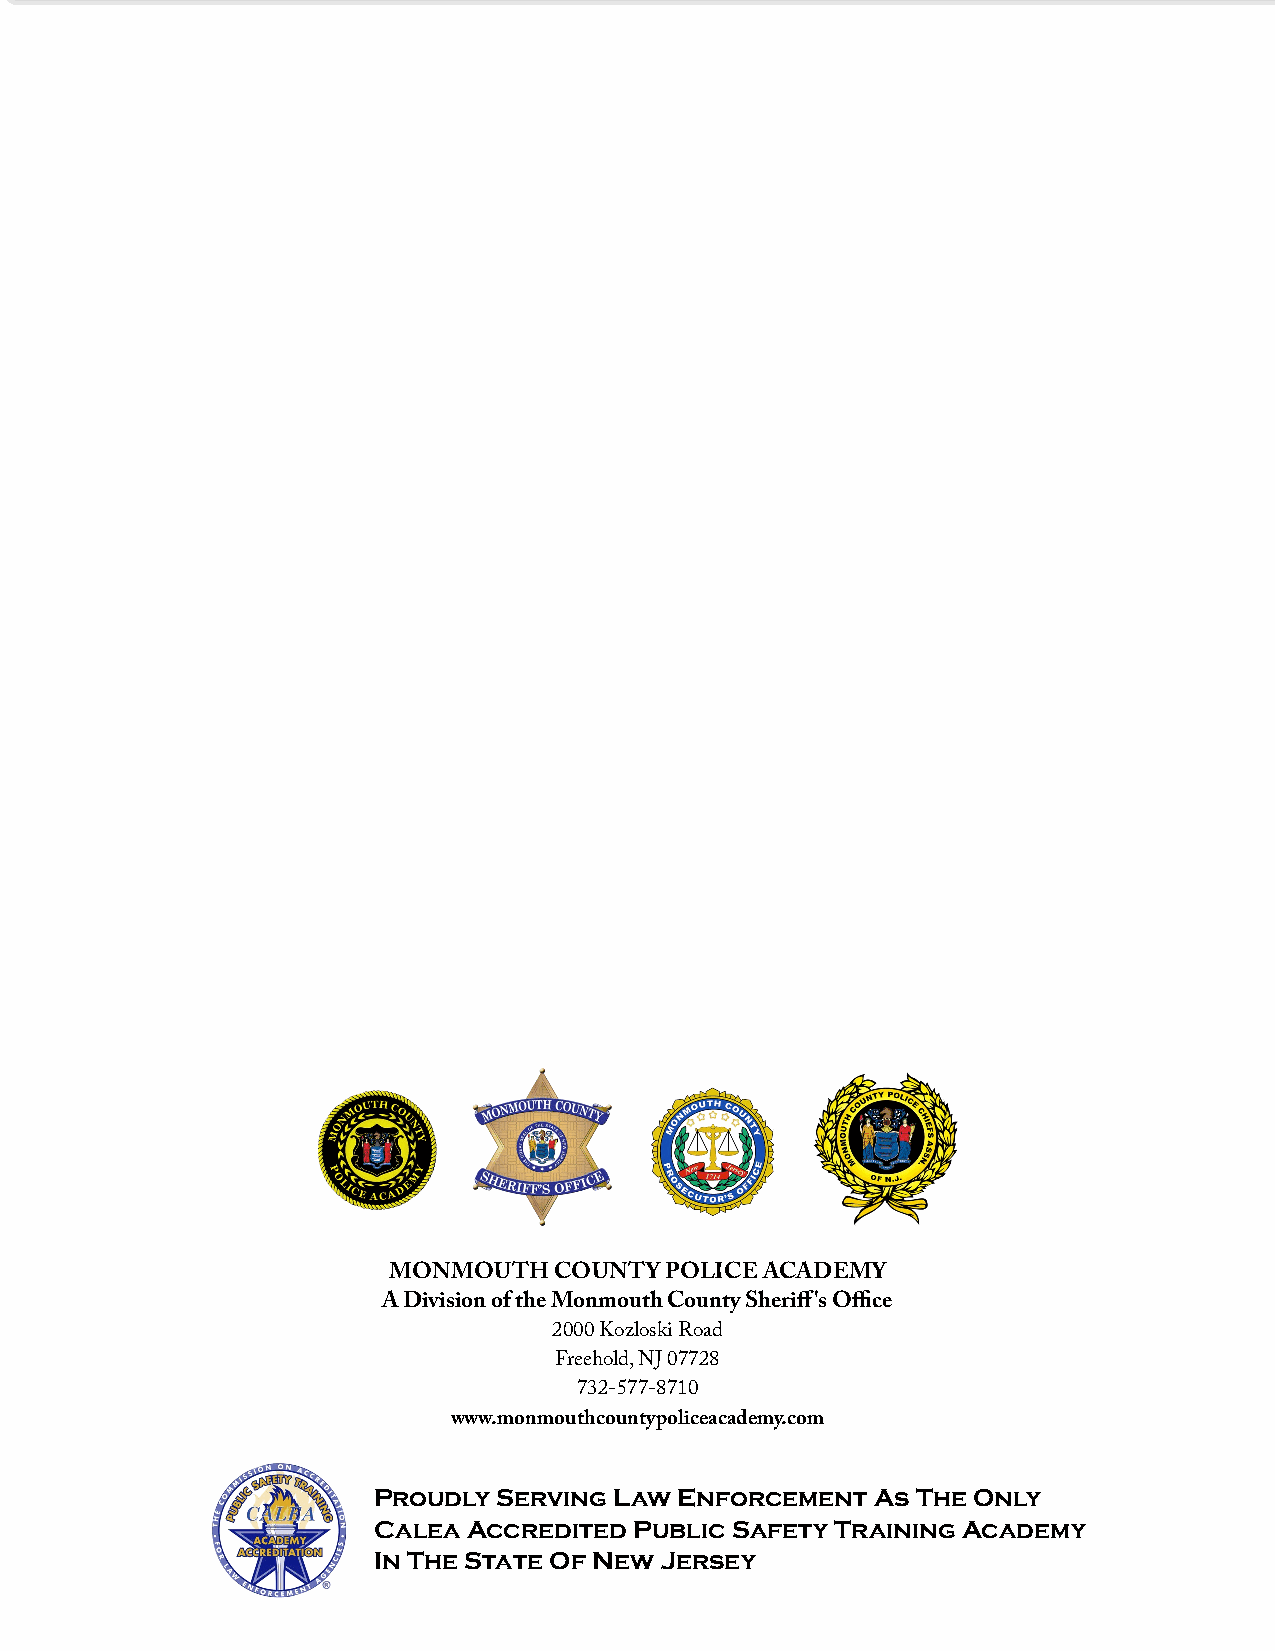
MONMOUTH   COUNTY POLICE ACADEMY
 A Division of the Monmouth County Sheriff's Office
 2000 Kozloski Road
 Freehold, NJ 07728
 732-577-8710
 www.monmouthcountypoliceacademy.com
 Proudly Serving Law Enforcement  As The Only
 Calea Accredited Public Safety Training Academy
 In The State Of New Jersey